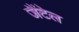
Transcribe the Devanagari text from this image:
जैंटेल